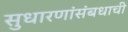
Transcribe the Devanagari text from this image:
सुधारणांसंबधाची